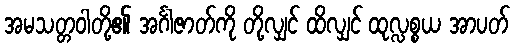
အမသတ္တဝါတို့၏ အင်္ဂါဇာတ်ကို တို့လျှင် ထိလျှင် ထုလ္လစ္စယ အာပတ်